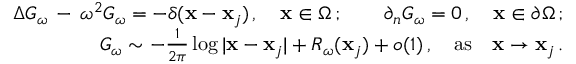
\begin{array} { r l r } & { } & { \Delta G _ { \omega } \, - \, \omega ^ { 2 } G _ { \omega } = - \delta ( { \bf x } - { \bf x } _ { j } ) \, , \quad { \bf x } \in \Omega \, ; \qquad \partial _ { n } G _ { \omega } = 0 \, , \quad { \bf x } \in \partial \Omega \, ; } \\ & { } & { G _ { \omega } \sim - \frac { 1 } { 2 \pi } \log | { \bf x } - { \bf x } _ { j } | + R _ { \omega } ( { \bf x } _ { j } ) + o ( 1 ) \, , \quad \mathrm { a s } \quad { \bf x } \to { \bf x } _ { j } \, . } \end{array}